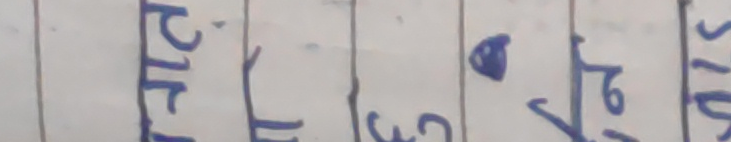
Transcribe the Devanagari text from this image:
छैट्टि